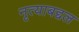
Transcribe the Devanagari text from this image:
नृत्याबद्दल